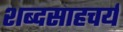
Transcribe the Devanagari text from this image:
शब्दसाहचर्य